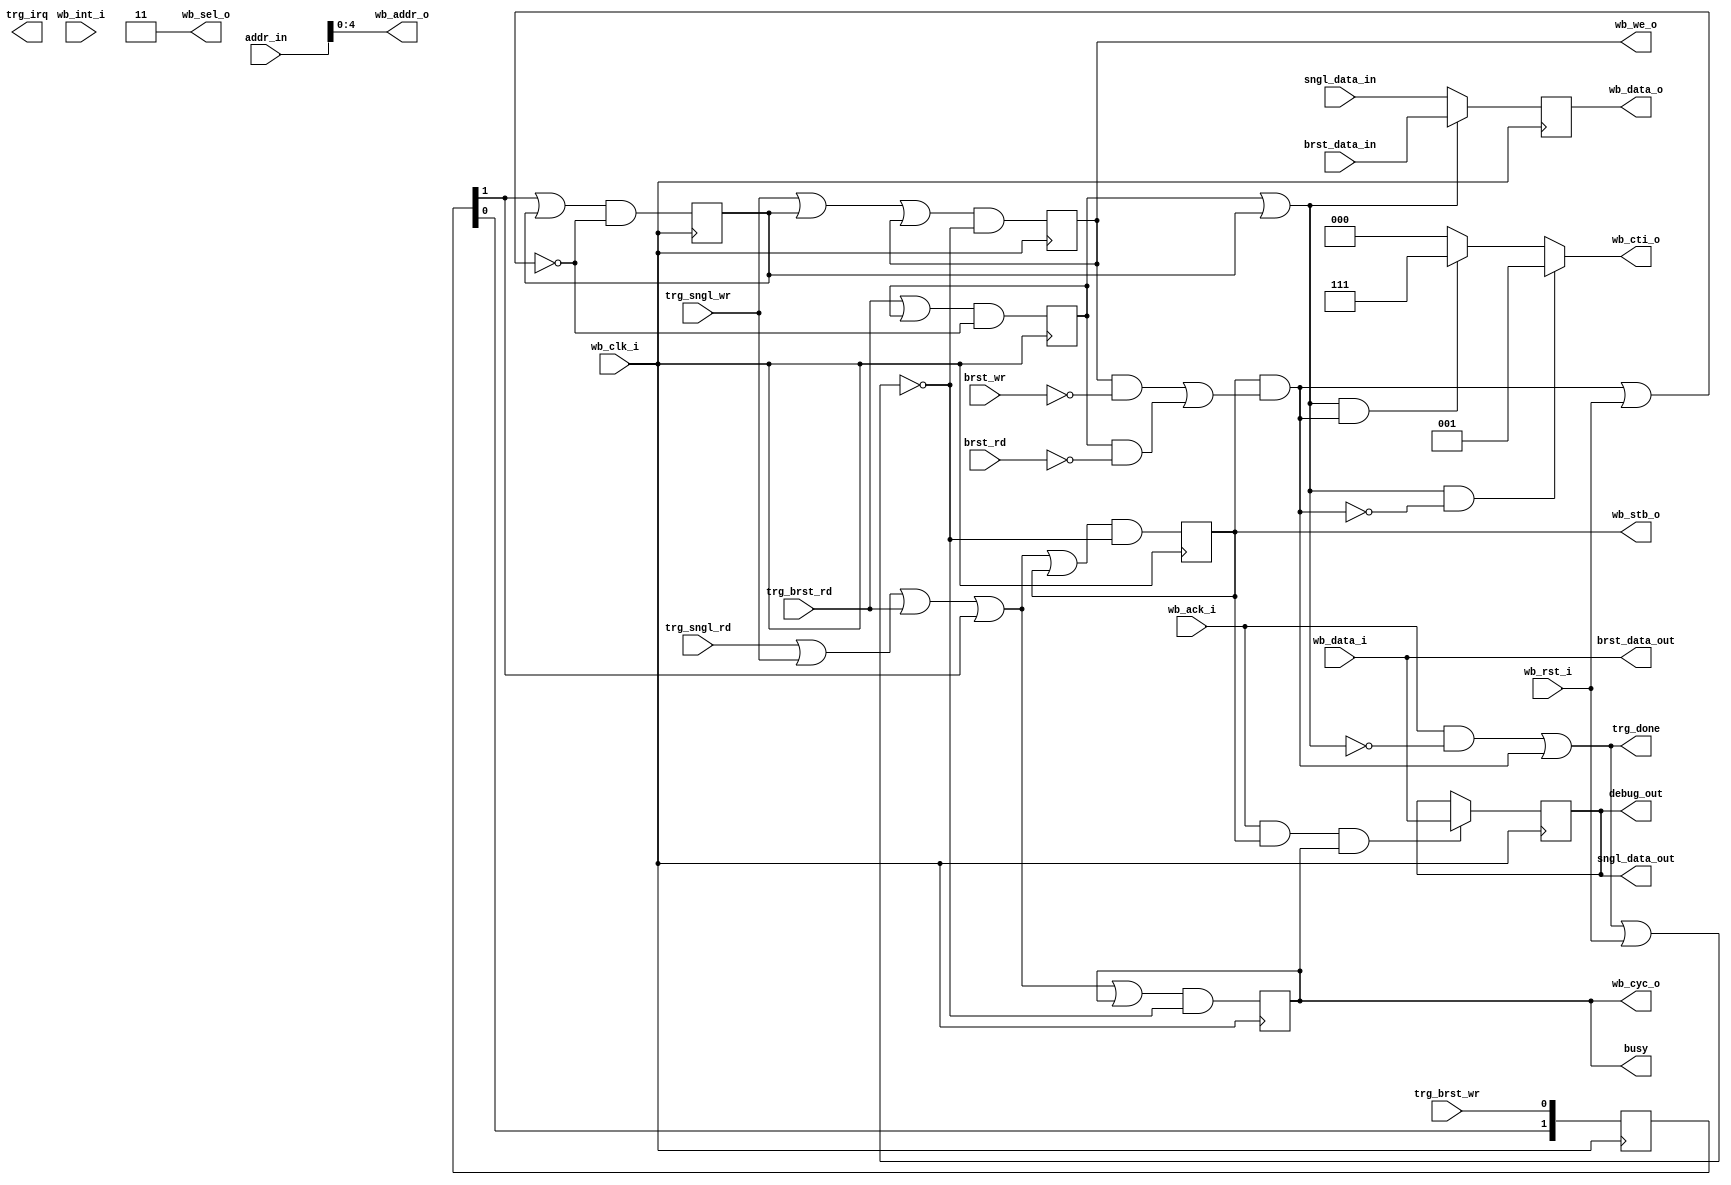
module ok2wbm(
		// Wishbone master interface
		input  wire wb_clk_i,
		input  wire wb_rst_i,
		input  wire wb_ack_i,
		input  wire wb_int_i,
		output reg  wb_cyc_o,
		output reg  wb_stb_o,
		output reg  wb_we_o,
		input  wire [15:0] wb_data_i,
		output reg  [15:0] wb_data_o,
		output wire [4:0] wb_addr_o,
		output wire [1:0] wb_sel_o,
		output reg  [2:0] wb_cti_o,
		// Status triggers and signals
		output wire trg_irq,
		output wire trg_done,
		output wire busy,
		// Transaction triggers and signals
		input  wire trg_sngl_rd,
		input  wire trg_sngl_wr,
		input  wire trg_brst_rd,
		input  wire trg_brst_wr,
		input  wire brst_rd,
		input  wire brst_wr,
		// Address
		input  wire [15:0] addr_in,		
		// Single transaction data ports
		input  wire [15:0] sngl_data_in,
		output reg  [15:0] sngl_data_out,
		// Burst transaction data ports
		input  wire [15:0] brst_data_in,
		output wire [15:0] brst_data_out,
		// Debug
		output wire [15:0] debug_out
	);
	
// DEBUG!
assign debug_out = sngl_data_out;
	
// May need to change in future - for now everything is 16bit wide
assign wb_sel_o = 2'b11;

// Start of Transaction (SOT) - both single and burst mdoes
wire sot;
assign sot = trg_sngl_rd | trg_sngl_wr | trg_brst_rd | trg_delay_wr[1];

// End of Transaction (EOT) - burst mode only
wire eot;
assign eot = wb_stb_o & ((wb_we_o & ~brst_wr) | (rd_burst_live & ~brst_rd));

// Delay the write trigger to get data to align with Opal Kelly BT Pipe
reg [1:0] trg_delay_wr;
always @(posedge wb_clk_i) begin
	trg_delay_wr <= {trg_delay_wr[0], trg_brst_wr};
end

// Detect burst mode
reg rd_burst_live;
reg wr_burst_live;
always @(posedge wb_clk_i) begin
	// Set by burst triggers or itself. Cleared by EOT or reset
	rd_burst_live <= (trg_brst_rd | rd_burst_live) & ~(eot | wb_rst_i);
	wr_burst_live <= (trg_delay_wr[1] | wr_burst_live) & ~(eot | wb_rst_i);
end

// Denote when the system is using burst-mode functionality
wire burst_mode;
assign burst_mode = rd_burst_live | wr_burst_live;

// End of Transation - both modes
assign trg_done = (wb_ack_i & ~burst_mode) | eot;

// Transaction type identification
always @(burst_mode or eot) begin
	if (burst_mode & ~eot)
		wb_cti_o = 3'b001;	// Constant address
	else if (burst_mode & eot)
		wb_cti_o = 3'b111;	// Last transaction of burst
	else
		wb_cti_o = 3'b000;	// Classic transaction type
end

// Frame transaction
always @(posedge wb_clk_i) begin
	// Set by SOT or itself, cleared by trg_done or RST
	wb_cyc_o <=  (sot | wb_cyc_o) & ~(trg_done | wb_rst_i);
	wb_stb_o <=  (sot | wb_stb_o) & ~(trg_done | wb_rst_i);
end
assign busy = wb_cyc_o;

// Put one clock delay on incoming data to align with WB control signals
always @(posedge wb_clk_i) begin
	if (burst_mode)
		wb_data_o <= brst_data_in;
	else
		wb_data_o <= sngl_data_in;
end

// Straight pass-throughs
assign wb_addr_o = addr_in[4:0];
assign irq = wb_int_i;
assign brst_data_out = wb_data_i;

// Read handling
always @(posedge wb_clk_i) begin
	// Latch on ACK - qualify with STB and CYC
	if (wb_ack_i &&  wb_stb_o && wb_cyc_o)
		sngl_data_out <= wb_data_i;
	else
		sngl_data_out <= sngl_data_out; // Explicit latch
end

// Write enable
always @(posedge wb_clk_i) begin
	// Set by single write, write burst live, or itself; cleared by trg_done or RST
	wb_we_o <= (trg_sngl_wr | wr_burst_live | wb_we_o) & ~(trg_done | wb_rst_i);
end
  
endmodule